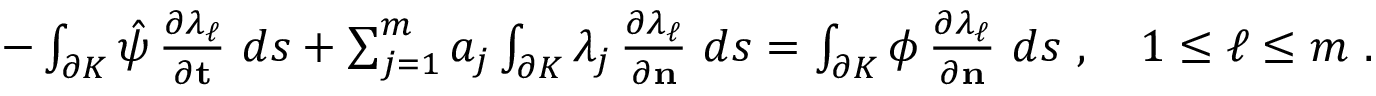
\begin{array} { r } { - \int _ { \partial K } \hat { \psi } \, \frac { \partial \lambda _ { \ell } } { \partial \mathbf { t } } ~ d s + \sum _ { j = 1 } ^ { m } a _ { j } \int _ { \partial K } \lambda _ { j } \, \frac { \partial \lambda _ { \ell } } { \partial \mathbf { n } } ~ d s = \int _ { \partial K } \phi \, \frac { \partial \lambda _ { \ell } } { \partial \mathbf { n } } ~ d s ~ , \quad 1 \leq \ell \leq m ~ . } \end{array}